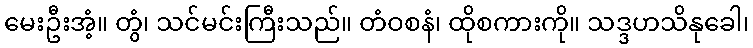
မေးဦးအံ့။ တွံ၊ သင်မင်းကြီးသည်။ တံဝစနံ၊ ထိုစကားကို။ သဒ္ဒဟသိနုခေါ၊